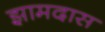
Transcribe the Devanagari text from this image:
झामदास